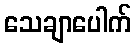
သေချာပေါက်